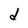
Character: d